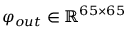
\varphi _ { o u t } \in \mathbb { R } ^ { 6 5 \times 6 5 }